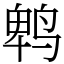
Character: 鹎